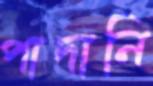
পাদানি